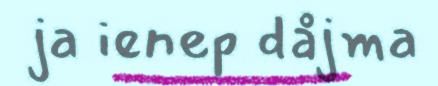
ja ienep dåjma